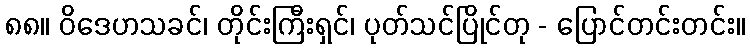
၈၈။ ဝိဒေဟသခင်၊ တိုင်းကြီးရှင်၊ ပုတ်သင်ပြိုင်တု - ပြောင်တင်းတင်း။